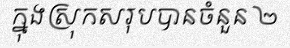
ក្នុងស្រុកសរុបបានចំនួន ២